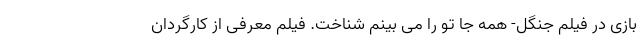
بازی در فیلم جنگل- همه جا تو را می بینم شناخت. فیلم معرفی از کارگردان